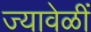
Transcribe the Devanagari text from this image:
ज्यावेळीं